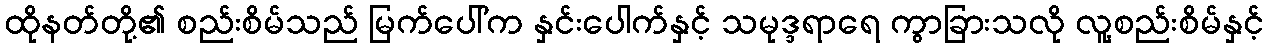
ထိုနတ်တို့၏ စည်းစိမ်သည် မြက်ပေါ်က နှင်းပေါက်နှင့် သမုဒ္ဒရာရေ ကွာခြားသလို လူ့စည်းစိမ်နှင့်